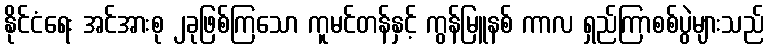
နိုင်ငံရေး အင်အားစု ၂ခုဖြစ်ကြသော ကူမင်တန်နှင့် ကွန်မြူနစ် ကာလ ရှည်ကြာစစ်ပွဲများသည်